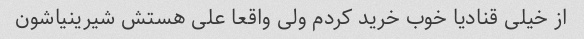
از خیلی قنادیا خوب خرید کردم ولی واقعا علی هستش شیرینیاشون